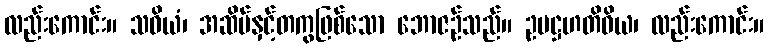
လည်းကောင်း။ သဝိယံ၊ အဆိပ်နှင့်တကွဖြစ်သော ဘောဇဉ်သည်။ ဥပဋ္ဌဟတိဝိယ၊ လည်းကောင်း။